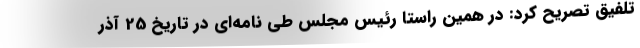
تلفیق تصریح کرد: در همین راستا رئیس مجلس طی نامه‌ای در تاریخ 25 آذر